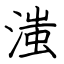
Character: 滍